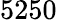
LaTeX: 5250